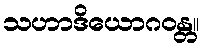
သဟာဒိယောဂဝန္တ။